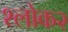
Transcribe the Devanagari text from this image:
श्लोक२